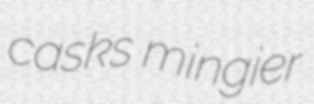
casks mingier